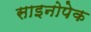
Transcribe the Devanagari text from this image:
साइनोपेक